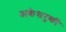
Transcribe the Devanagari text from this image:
अकेशरुकी